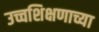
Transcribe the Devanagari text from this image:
उच्चशिक्षणाच्या